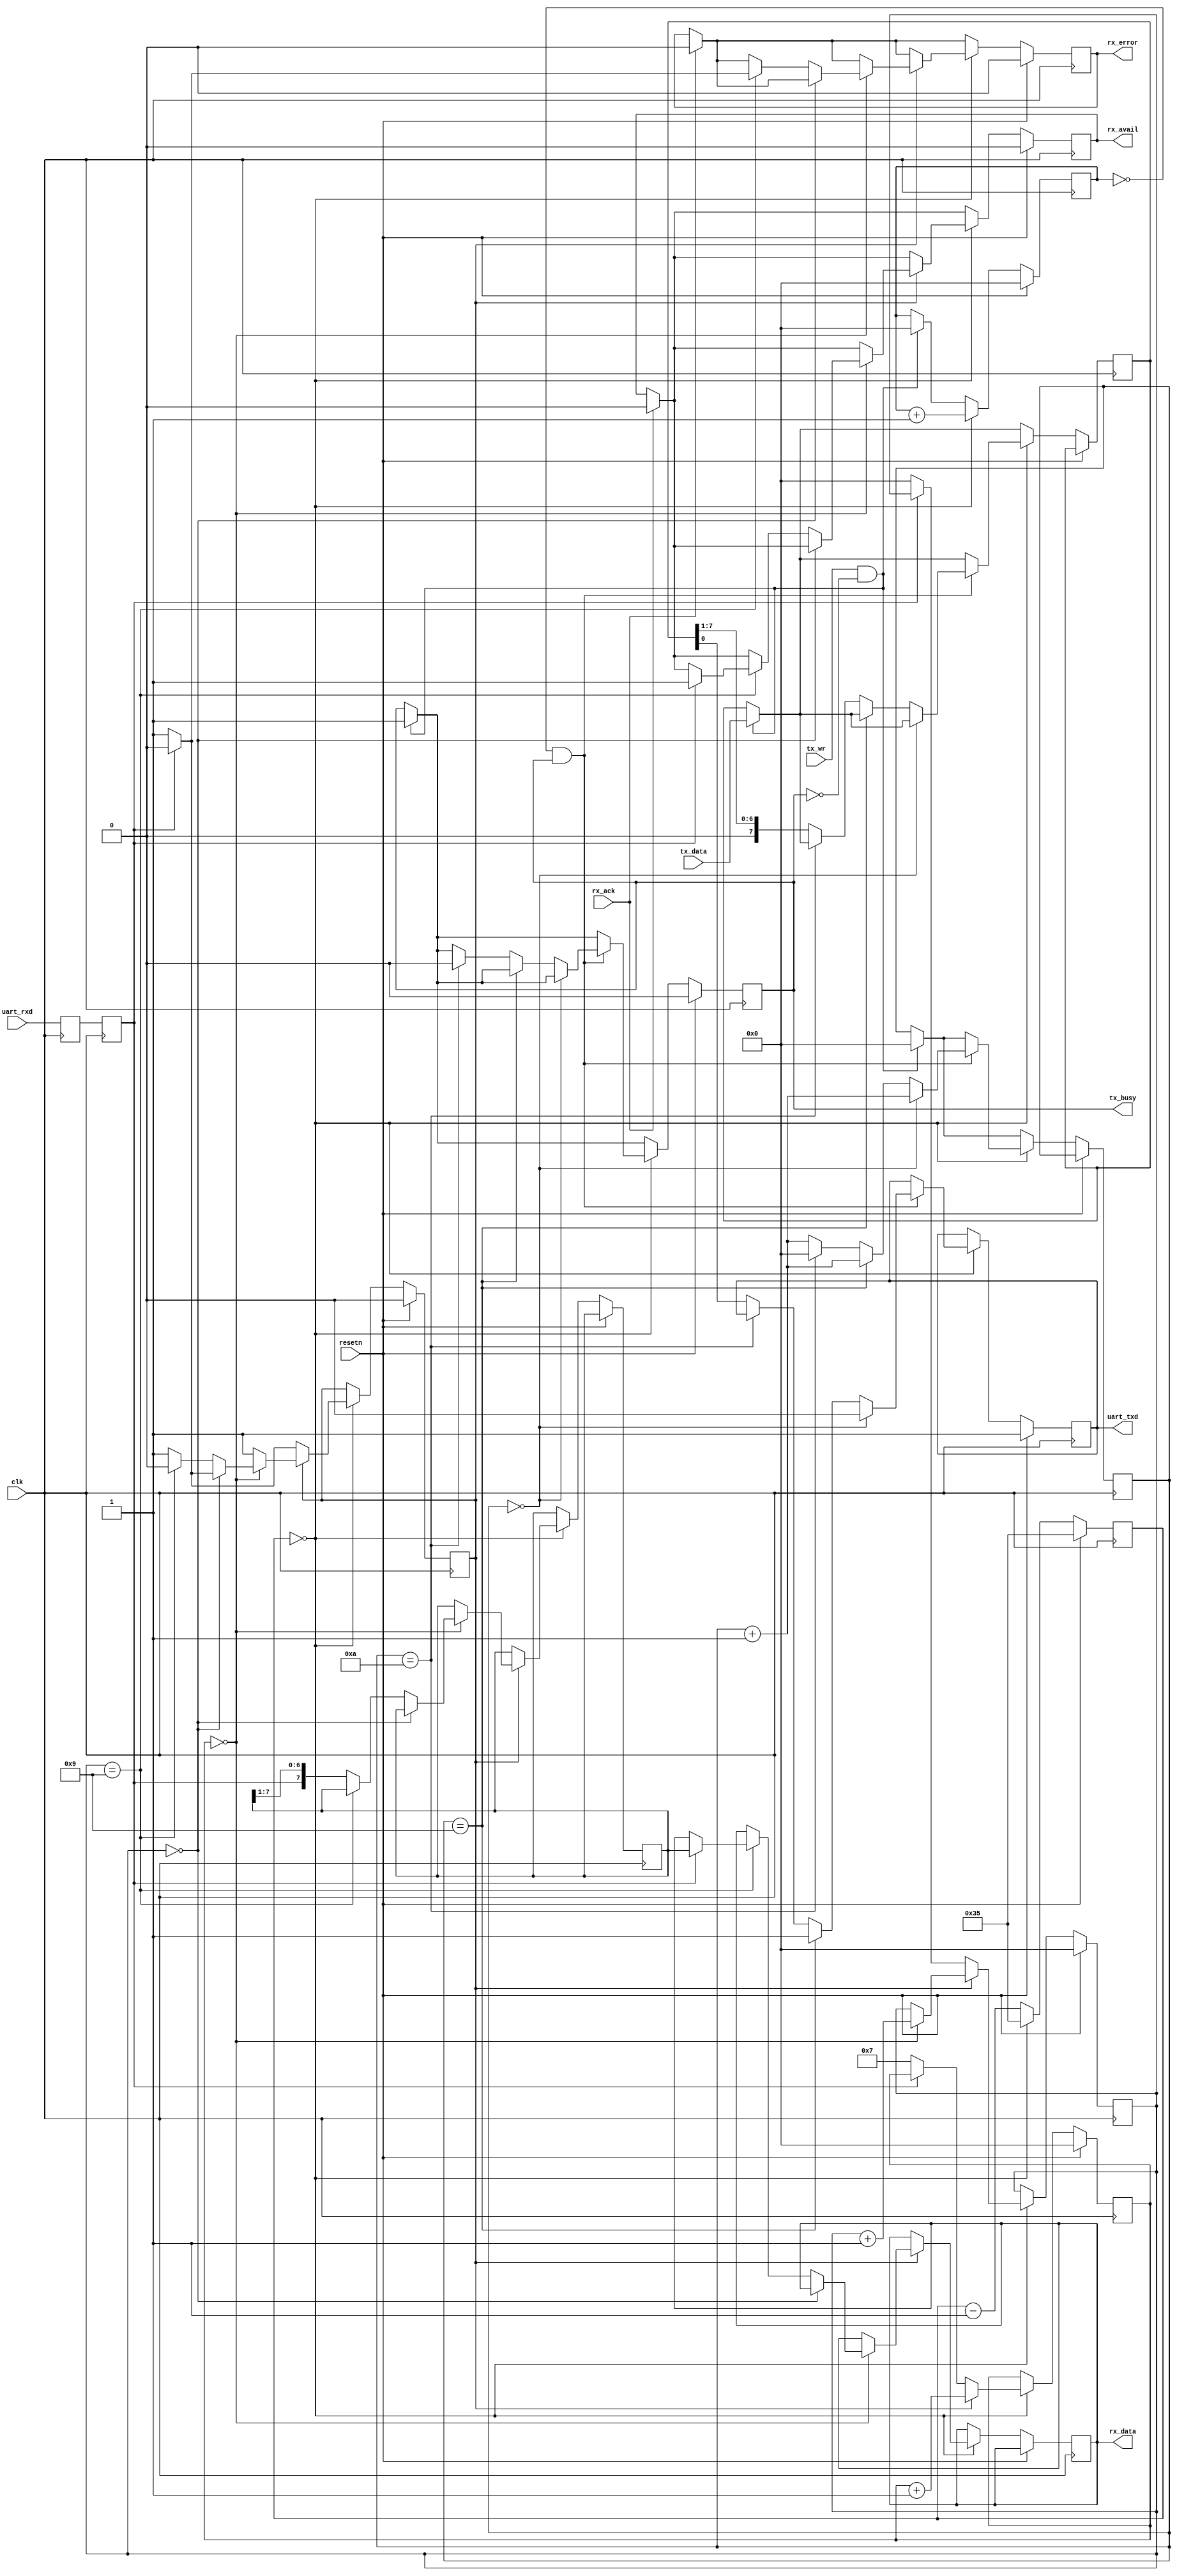
// This program was cloned from: https://github.com/matrix-io/matrix-creator-fpga
// License: GNU General Public License v3.0

//-----------------------------------------------------
// Design Name : uart
//-----------------------------------------------------
module uart #(
	parameter SYS_FREQ_HZ = 100000000,
	parameter BAUD_RATE   = 115200
) (
	input            resetn  ,
	input            clk     ,
	// UART lines
	input            uart_rxd,
	output reg       uart_txd,
	//
	output reg [7:0] rx_data ,
	output reg       rx_avail,
	output reg       rx_error,
	input            rx_ack  ,
	input      [7:0] tx_data ,
	input            tx_wr   ,
	output reg       tx_busy
);

	localparam divisor = SYS_FREQ_HZ/BAUD_RATE/16;
//-----------------------------------------------------------------
// enable16 generator
//-----------------------------------------------------------------
	reg [15:0] enable16_counter;

	wire enable16;
	assign enable16 = (enable16_counter == 0);

	always @(posedge clk)
		begin
			if (resetn) begin
				enable16_counter <= divisor-1;
			end else begin
				enable16_counter <= enable16_counter - 1;
				if (enable16_counter == 0) begin
					enable16_counter <= divisor-1;
				end
			end
		end

//-----------------------------------------------------------------
// syncronize uart_rxd
//-----------------------------------------------------------------
	reg uart_rxd1;
	reg uart_rxd2;

	always @(posedge clk)
		begin
			uart_rxd1 <= uart_rxd;
			uart_rxd2 <= uart_rxd1;
		end

//-----------------------------------------------------------------
// UART RX Logic
//-----------------------------------------------------------------
	reg       rx_busy    ;
	reg [3:0] rx_count16 ;
	reg [3:0] rx_bitcount;
	reg [7:0] rxd_reg    ;

	always @ (posedge clk)
		begin
			if (resetn) begin
				rx_busy     <= 0;
				rx_count16  <= 0;
				rx_bitcount <= 0;
				rx_avail    <= 0;
				rx_error    <= 0;
			end else begin
				if (rx_ack) begin
					rx_avail <= 0;
					rx_error <= 0;
				end

				if (enable16) begin
					if (!rx_busy) begin           // look for start bit
						if (!uart_rxd2) begin     //     start bit found
							rx_busy     <= 1;
							rx_count16  <= 7;
							rx_bitcount <= 0;
						end
					end else begin
						rx_count16 <= rx_count16 + 1;

						if (rx_count16 == 0) begin      // sample
							rx_bitcount <= rx_bitcount + 1;

							if (rx_bitcount == 0) begin          // verify startbit
								if (uart_rxd2) begin
									rx_busy <= 0;
								end
							end else if (rx_bitcount == 9) begin // look for stop bit
								rx_busy <= 0;
								if (uart_rxd2) begin             //   stop bit ok
									rx_data  <= rxd_reg;
									rx_avail <= 1;
									rx_error <= 0;
								end else begin                  //   bad stop bit
									rx_error <= 1;
								end
							end else begin
								rxd_reg <= { uart_rxd2, rxd_reg[7:1] };
							end
						end
					end
				end
			end
		end

//-----------------------------------------------------------------
// UART TX Logic
//-----------------------------------------------------------------
	reg [3:0] tx_bitcount;
	reg [3:0] tx_count16 ;
	reg [7:0] txd_reg    ;

	always @ (posedge clk)
		begin
			if (resetn) begin
				tx_busy    <= 0;
				uart_txd   <= 1;
				tx_count16 <= 0;
			end else begin
				if (tx_wr && !tx_busy) begin
					txd_reg     <= tx_data;
					tx_bitcount <= 0;
					tx_count16  <= 0;
					tx_busy     <= 1;
				end

				if (enable16) begin
					tx_count16 <= tx_count16 + 1;

					if ((tx_count16 == 0) && tx_busy) begin
						tx_bitcount <= tx_bitcount + 1;

						if (tx_bitcount == 0) begin
							uart_txd <= 'b0;
						end else if (tx_bitcount ==  9) begin
							uart_txd <= 'b1;
						end else if (tx_bitcount == 10) begin
							tx_bitcount <= 0;
							tx_busy     <= 0;
						end else begin
							uart_txd <= txd_reg[0];
							txd_reg  <= { 1'b0, txd_reg[7:1] };
						end
					end

				end
			end
		end

endmodule